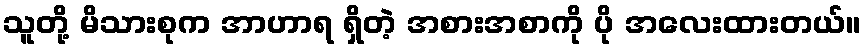
သူတို့ မိသားစုက အာဟာရ ရှိတဲ့ အစားအစာကို ပို အလေးထားတယ်။